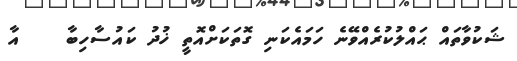
ޝަކުވާތައް ޙައްލުކުރެއްވޭނެ ހަމައެކަނި ގޮތަކަށްއޮތީ ޚުދު ކައުސާހިބާ    އާ